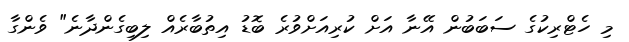
މި ހެޓްރިކުގެ ސަބަބުން އޭނާ އަށް ކުރިއަށްވުރެ ބޮޑު އިތުބާރެއް ލިބިގެންދާނެ" ވެންގާ